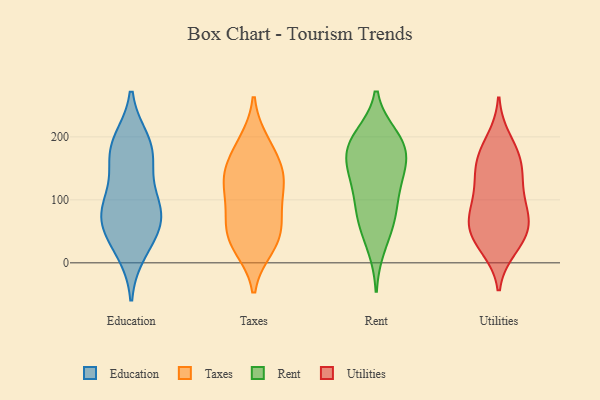
{"axis": {"x": "Website Visitors", "y": "Value"}, "legend": ["Education", "Rent", "Taxes", "Utilities"], "data": [{"x": "", "y": 92, "type": "Education"}, {"x": "", "y": 192, "type": "Education"}, {"x": "", "y": 168, "type": "Education"}, {"x": "", "y": 63, "type": "Education"}, {"x": "", "y": 186, "type": "Education"}, {"x": "", "y": 165, "type": "Education"}, {"x": "", "y": 68, "type": "Education"}, {"x": "", "y": 98, "type": "Education"}, {"x": "", "y": 40, "type": "Education"}, {"x": "", "y": 20, "type": "Education"}, {"x": "", "y": 84, "type": "Education"}, {"x": "", "y": 114, "type": "Taxes"}, {"x": "", "y": 25, "type": "Taxes"}, {"x": "", "y": 41, "type": "Taxes"}, {"x": "", "y": 123, "type": "Taxes"}, {"x": "", "y": 141, "type": "Taxes"}, {"x": "", "y": 146, "type": "Taxes"}, {"x": "", "y": 71, "type": "Taxes"}, {"x": "", "y": 30, "type": "Taxes"}, {"x": "", "y": 183, "type": "Taxes"}, {"x": "", "y": 191, "type": "Taxes"}, {"x": "", "y": 84, "type": "Taxes"}, {"x": "", "y": 142, "type": "Taxes"}, {"x": "", "y": 52, "type": "Taxes"}, {"x": "", "y": 120, "type": "Rent"}, {"x": "", "y": 187, "type": "Rent"}, {"x": "", "y": 162, "type": "Rent"}, {"x": "", "y": 186, "type": "Rent"}, {"x": "", "y": 196, "type": "Rent"}, {"x": "", "y": 166, "type": "Rent"}, {"x": "", "y": 77, "type": "Rent"}, {"x": "", "y": 138, "type": "Rent"}, {"x": "", "y": 130, "type": "Rent"}, {"x": "", "y": 73, "type": "Rent"}, {"x": "", "y": 200, "type": "Rent"}, {"x": "", "y": 26, "type": "Rent"}, {"x": "", "y": 69, "type": "Rent"}, {"x": "", "y": 39, "type": "Utilities"}, {"x": "", "y": 24, "type": "Utilities"}, {"x": "", "y": 63, "type": "Utilities"}, {"x": "", "y": 129, "type": "Utilities"}, {"x": "", "y": 54, "type": "Utilities"}, {"x": "", "y": 63, "type": "Utilities"}, {"x": "", "y": 159, "type": "Utilities"}, {"x": "", "y": 157, "type": "Utilities"}, {"x": "", "y": 179, "type": "Utilities"}, {"x": "", "y": 151, "type": "Utilities"}, {"x": "", "y": 68, "type": "Utilities"}, {"x": "", "y": 195, "type": "Utilities"}, {"x": "", "y": 29, "type": "Utilities"}, {"x": "", "y": 83, "type": "Utilities"}, {"x": "", "y": 100, "type": "Utilities"}, {"x": "", "y": 113, "type": "Utilities"}]}